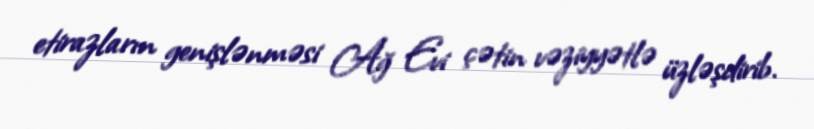
etirazların genişlənməsi Ağ Evi çətin vəziyyətlə üzləşdirib.